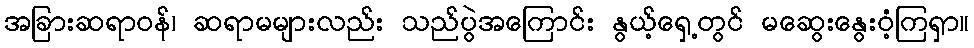
အခြားဆရာဝန်၊ ဆရာမများလည်း သည်ပွဲအကြောင်း နွယ့်ရှေ့တွင် မဆွေးနွေးဝံ့ကြရှာ။